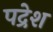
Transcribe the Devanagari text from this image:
पद्रेश